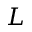
L